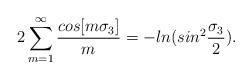
LaTeX: \begin{align*}2\sum_{m=1}^\infty{cos[m\sigma_3]\over m}=-ln(sin^2{\sigma_3\over2}).\end{align*}